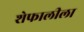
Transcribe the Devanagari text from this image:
शेफालीला